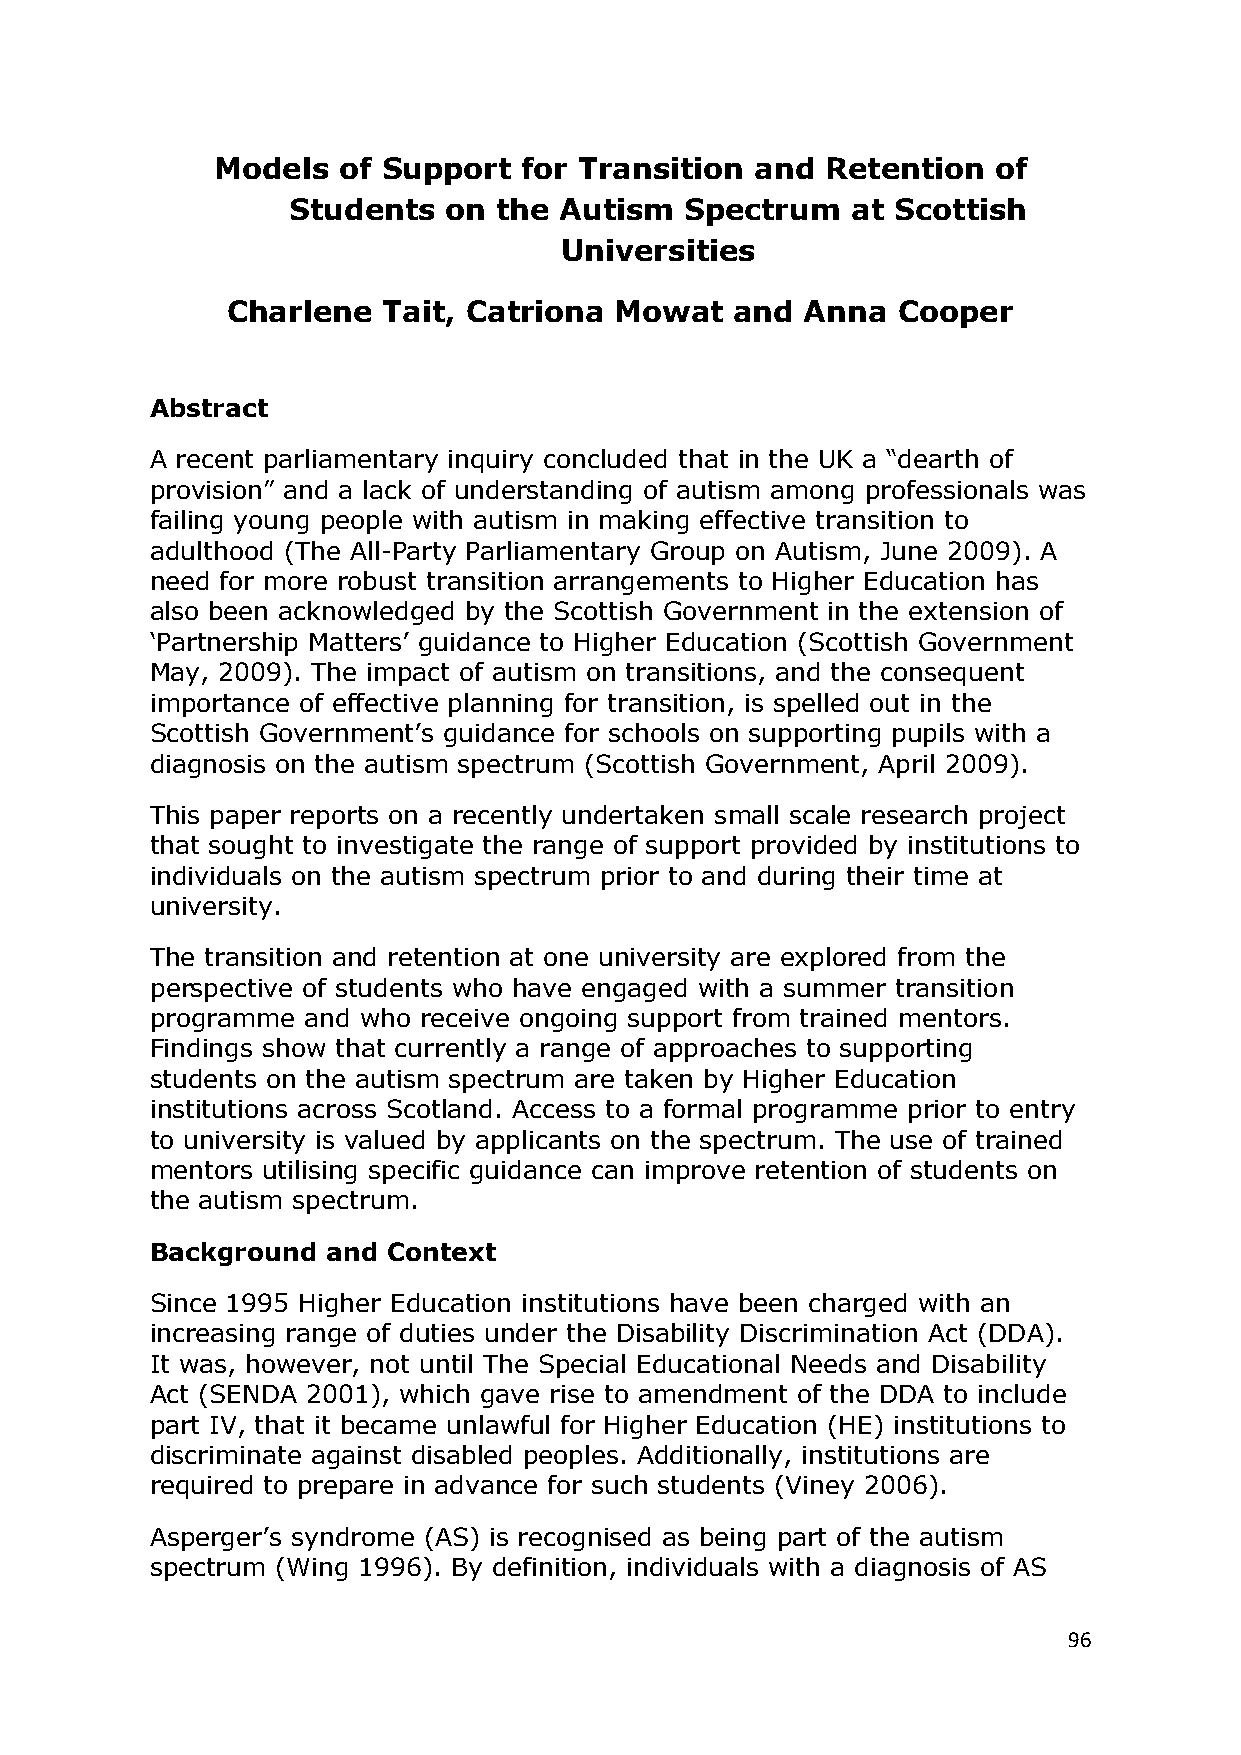
Models  of Support   for Transition and  Retention  of
 Students  on  the Autism  Spectrum   at Scottish
 Universities
 Charlene  Tait, Catriona  Mowat   and Anna  Cooper
 Abstract
 A recent parliamentary inquiry concluded that in the UK a ―dearth of
 provision‖ and a lack of understanding of autism among professionals was
 failing young people with autism in making effective transition to
 adulthood (The All-Party Parliamentary Group on Autism, June 2009). A
 need for more robust transition arrangements to Higher Education has
 also been acknowledged by the Scottish Government in the extension of
 ‗Partnership Matters‘ guidance to Higher Education (Scottish Government
 May, 2009). The impact of autism on transitions, and the consequent
 importance of effective planning for transition, is spelled out in the
 Scottish Government‘s guidance for schools on supporting pupils with a
 diagnosis on the autism spectrum (Scottish Government, April 2009).
 This paper reports on a recently undertaken small scale research project
 that sought to investigate the range of support provided by institutions to
 individuals on the autism spectrum prior to and during their time at
 university.
 The transition and retention at one university are explored from the
 perspective of students who have engaged with a summer transition
 programme and who receive ongoing support from trained mentors.
 Findings show that currently a range of approaches to supporting
 students on the autism spectrum are taken by Higher Education
 institutions across Scotland. Access to a formal programme prior to entry
 to university is valued by applicants on the spectrum. The use of trained
 mentors utilising specific guidance can improve retention of students on
 the autism spectrum.
 Background  and Context
 Since 1995 Higher Education institutions have been charged with an
 increasing range of duties under the Disability Discrimination Act (DDA).
 It was, however, not until The Special Educational Needs and Disability
 Act (SENDA 2001), which gave rise to amendment of the DDA to include
 part IV, that it became unlawful for Higher Education (HE) institutions to
 discriminate against disabled peoples. Additionally, institutions are
 required to prepare in advance for such students (Viney 2006).
 Asperger‘s syndrome (AS) is recognised as being part of the autism
 spectrum (Wing 1996). By definition, individuals with a diagnosis of AS
 96